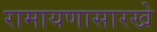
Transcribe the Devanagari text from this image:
रामायणासारखे